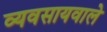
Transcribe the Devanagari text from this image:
व्यवसायवाले